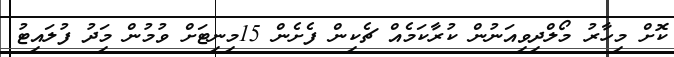
ކޮށް މިހާރު މޯލްދިވިއަނުން ކުރާކަމެއް ޗެކިން ފެށެން 15މިނިޓަށް ވުމުން މިަދު ފުލައިޓު